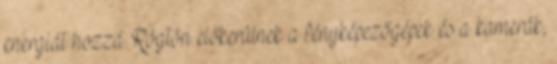
energiát hozzá. Rögtön előkerülnek a fényképezőgépek és a kamerák,